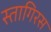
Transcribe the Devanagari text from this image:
स्तागिरस